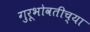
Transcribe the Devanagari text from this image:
गुरूभोवतीच्या